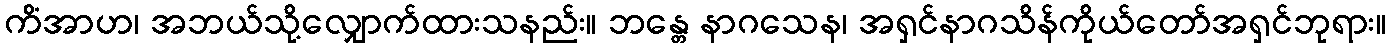
ကိံအာဟ၊ အဘယ်သို့လျှောက်ထားသနည်း။ ဘန္တေ နာဂသေန၊ အရှင်နာဂသိန်ကိုယ်တော်အရှင်ဘုရား။